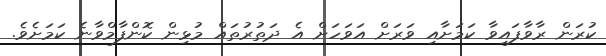
ކުރަން ރާވާފައިވާ ކަމަށާއިި ވަރަށް އަވަހަށް އެ ދަތުރުތައް މުޅިން ކޮންފާމްވާނެ ކަމަށެވެ.